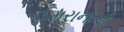
ઈમરાનાએ